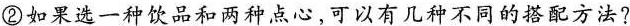
②如果选一种饮品和两种点心，可以有几种不同的搭配方法？